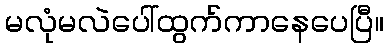
မလုံမလဲပေါ်ထွက်ကာနေပေပြီ။